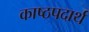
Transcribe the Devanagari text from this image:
काष्ठपदार्थ